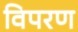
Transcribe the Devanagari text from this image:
विपरण